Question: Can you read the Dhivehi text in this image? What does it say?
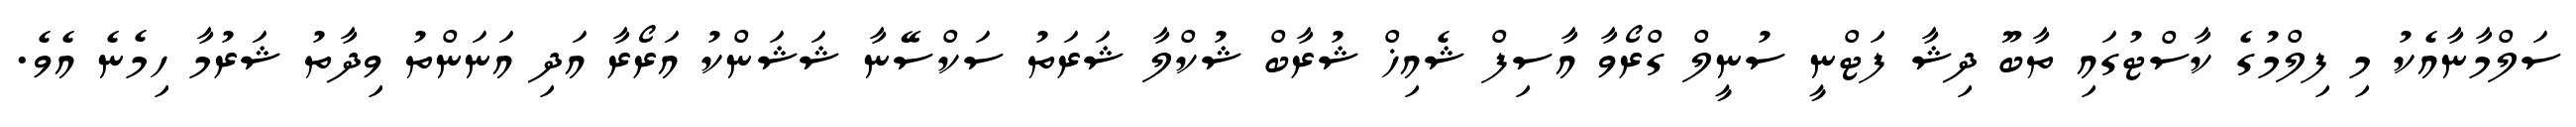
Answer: ސަލްމާނާއެކު މި ފިލްމުގެ ކާސްޓުގައި ތާބޫ ދިޝާ ފަޓްނީ ސުނީލް ގްރޯވާ އާސިފް ޝެއިޚް ޝުރާބް ޝުކްލާ ޝަރަތު ސަކްސޭނާ ޝަޝަންކު އަރޯރާ އަދި އަނަންތު ވިދާތު ޝަރުމާ ހިމެނެ އެވެ.